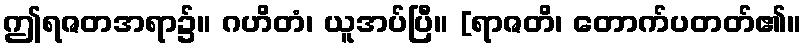
ဤရဇတအရာ၌။ ဂဟိတံ၊ ယူအပ်ပြီ။ [ရာဇတိ၊ တောက်ပတတ်၏။